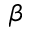
\beta